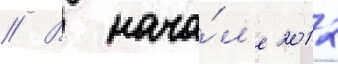
// В нача́л'е 2012